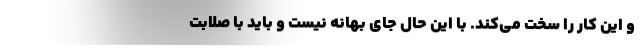
و این کار را سخت می‌کند. با این حال جای بهانه نیست و باید با صلابت